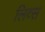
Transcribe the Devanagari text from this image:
लिव्स